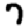
Digit: 7